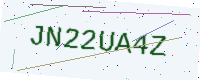
Text: JN22UA4Z